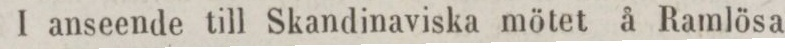
I anseende till Skandinaviska mötet å Ramlösa